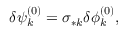
\begin{array} { r } { \delta \psi _ { k } ^ { ( 0 ) } = \sigma _ { * k } \delta \phi _ { k } ^ { ( 0 ) } , } \end{array}